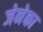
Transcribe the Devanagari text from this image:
जेनेका